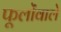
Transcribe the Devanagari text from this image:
फूलोंवाले